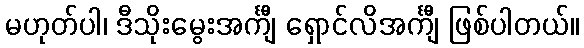
မဟုတ်ပါ၊ ဒီသိုးမွေးအင်္ကျီ ရှောင်လိအင်္ကျီ ဖြစ်ပါတယ်။